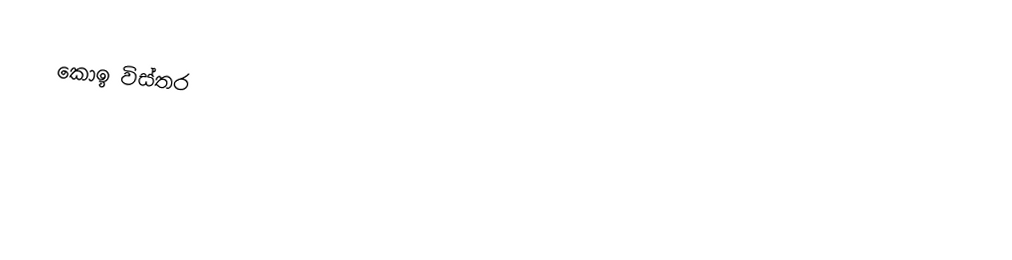
කොඉ විස්තර